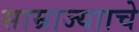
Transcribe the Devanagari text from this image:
साम्राज्यााचे